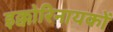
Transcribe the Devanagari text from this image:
इक्कोरिनायकों